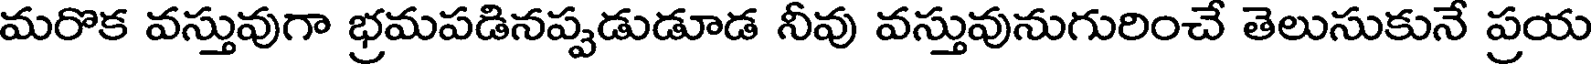
మరొక వస్తువుగా భ్రమపడినప్పడుడూడ నీవు వస్తువునుగురించే తెలుసుకునే ప్రయ